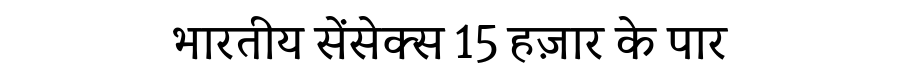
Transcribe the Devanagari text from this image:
भारतीय सेंसेक्स 15 हज़ार के पार